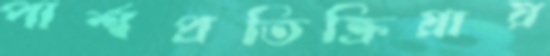
পার্শ্বপ্রতিক্রিয়ায়